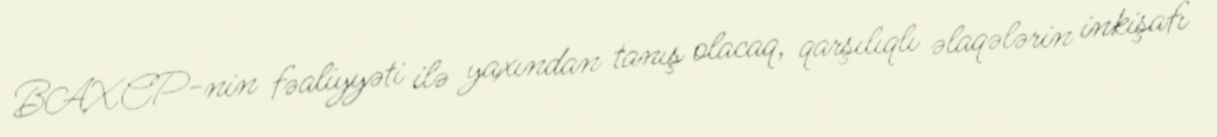
BAXCP-nin fəaliyyəti ilə yaxından tanış olacaq, qarşılıqlı əlaqələrin inkişafı